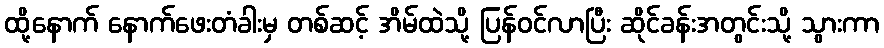
ထို့နောက် နောက်ဖေးတံခါးမှ တစ်ဆင့် အိမ်ထဲသို့ ပြန်ဝင်လာပြီး ဆိုင်ခန်းအတွင်းသို့ သွားကာ